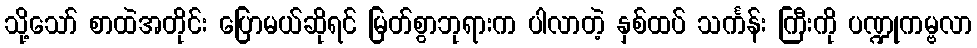
သို့သော် စာထဲအတိုင်း ပြောမယ်ဆိုရင် မြတ်စွာဘုရားက ပါလာတဲ့ နှစ်ထပ် သင်္ကန်း ကြီးကို ပဏ္ဍုကမ္ဗလာ